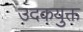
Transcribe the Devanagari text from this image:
उदकयुक्त